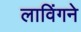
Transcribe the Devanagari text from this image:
लाविंगने